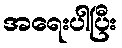
အရေးပါပြီး